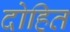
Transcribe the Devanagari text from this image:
दोहित